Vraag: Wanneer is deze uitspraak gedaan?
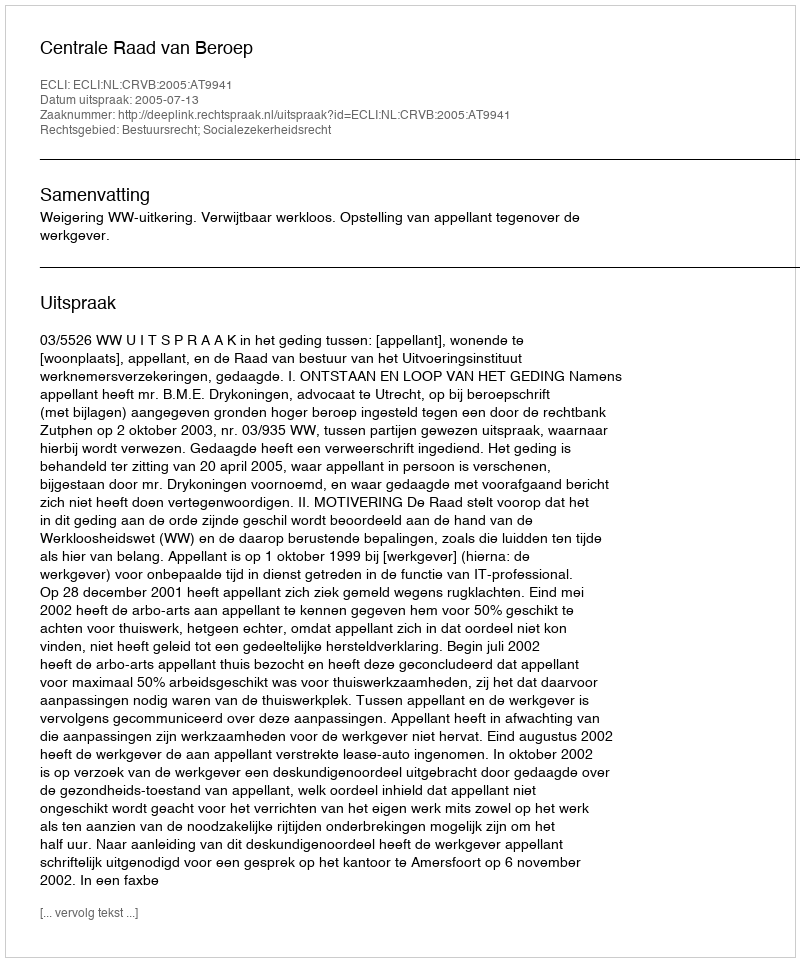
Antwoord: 2005-07-13